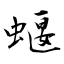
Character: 蝘